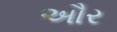
અૌર